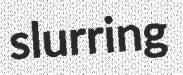
slurring